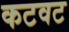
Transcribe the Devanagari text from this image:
कटवट